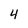
Character: 4